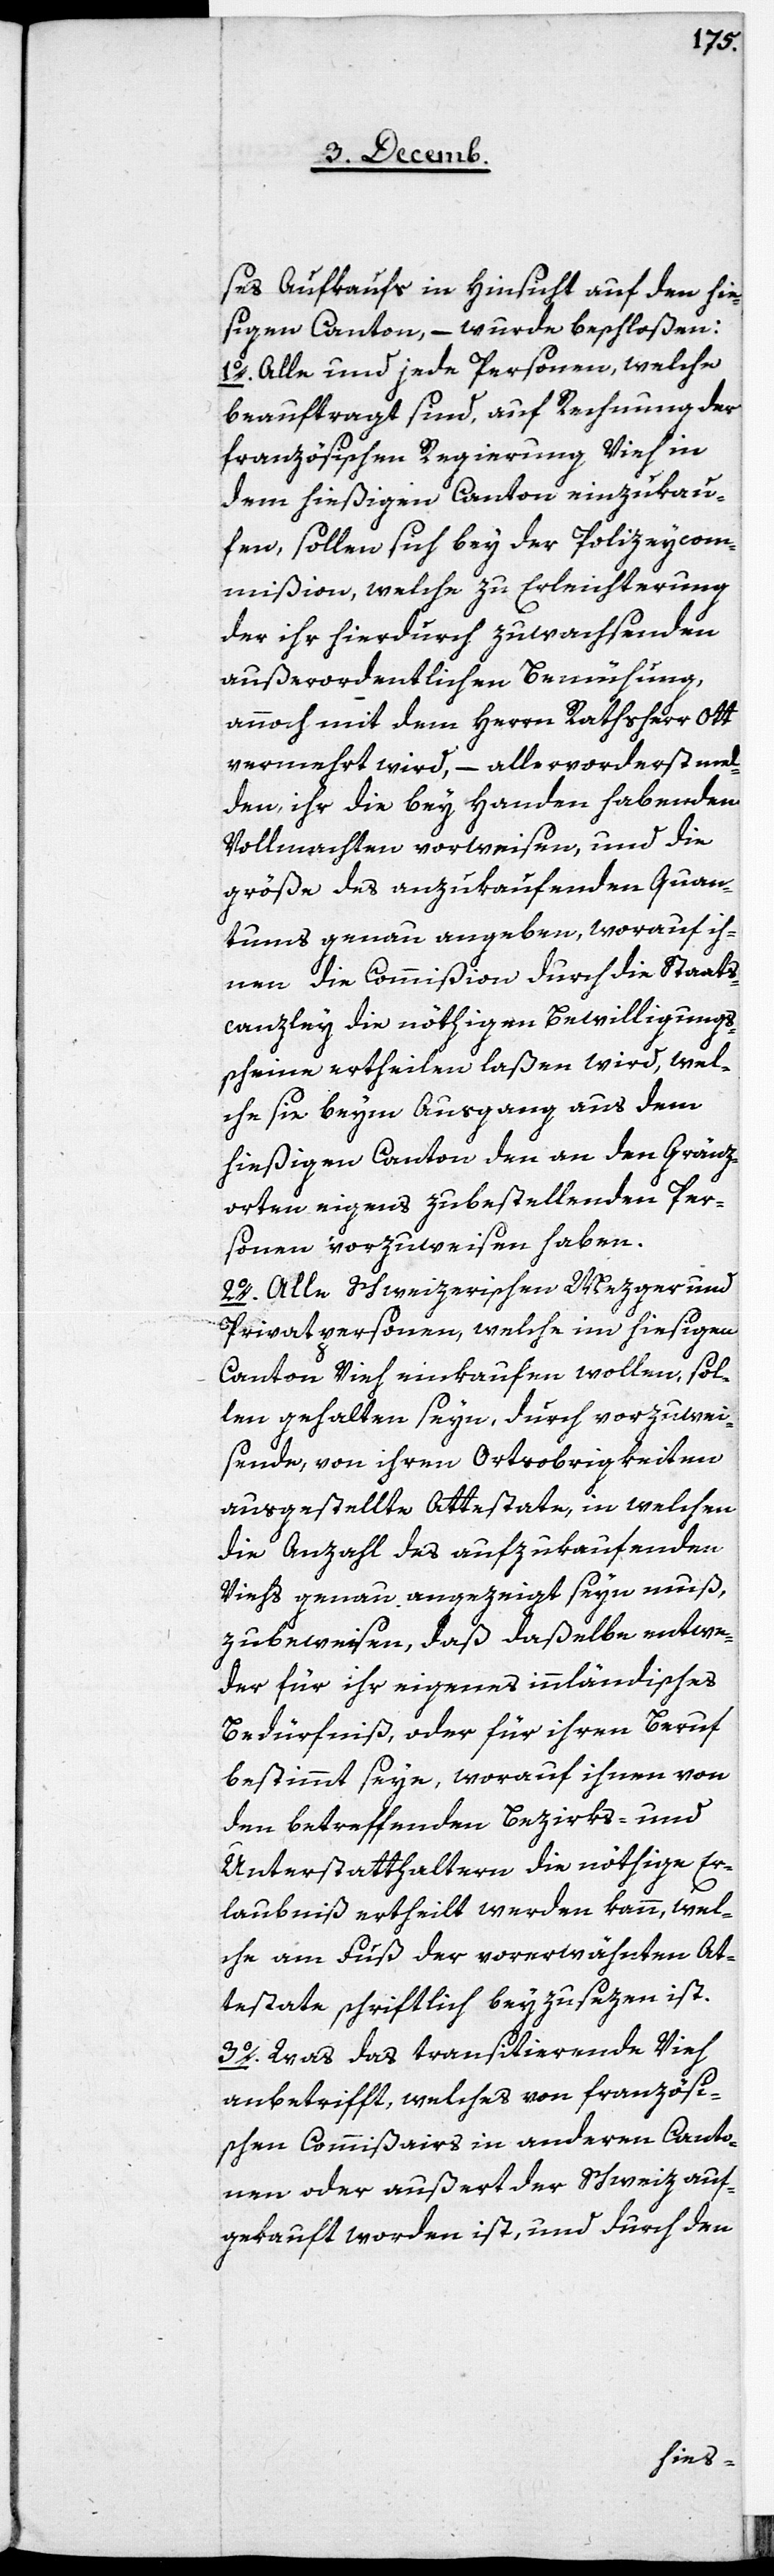
ses Aufkaufs in Hinsicht auf den hie¬
ßigen Canton, – wurde beschloßen:
1. Alle und jede Personen, welche
beauftragt sind, auf Rechnung der
französischen Regierung Vieh in
dem hießigen Canton einzukau¬
fen, sollen sich bey der Polizeycom¬
mißion, welche zu Erleichterung
der ihr hierdurch zuwachsenden
außerordentlichen Bemühung,
annoch mit dem Herrn Rathsherr Ott
vermehrt wird, – allervorderst mel¬
den, ihr die bey Handen habenden
Vollmachten vorweisen, und die
größe des anzukaufenden Quan¬
tums genau angeben, worauf ih¬
nen die Commißion durch die Staats¬
canzley die nöthigen Bewilligungs¬
scheine ertheilen laßen wird, wel¬
che sie beym Ausgang aus dem
hießigen Canton den an den Gränz¬
orten eigens zu bestellenden Per¬
sonen vorzuweisen haben.
2. Alle schweizerischen Mezger und
Privatpersonen, welche im hiesigen
Canton Vieh einkaufen wollen, sol¬
len gehalten seyn, durch vorzuwei¬
sende, von ihren Ortsobrigkeiten
ausgestellte Attestate, in welchen
die Anzahl des aufzukaufenden
Viehs genau angezeigt seyn muß,
zubeweisen, daß daßelbe entwe¬
der für ihr eigenes innländisches
Bedürfniß, oder für ihren Beruf
bestimmt seye, worauf ihnen von
den betreffenden Bezirks- und
Unterstatthaltern die nöthige Er¬
laubniß ertheilt werden kann, wel¬
che am Fuß der vorerwähnten At¬
testate schriftlich beyzusezen ist.
3. Was das transitierende Vieh
anbetrifft, welches von französi¬
schen Commißairs in anderen Canto¬
nen oder außert der Schweiz auf¬
gekauft worden ist, und durch den